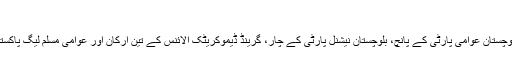
[4]
مزید برآں پاکستان مسلم لیگ (ق)، متحدہ قومی موومنٹ پاکستان کے سات، بلوچستان عوامی پارٹی کے پانچ، بلوچستان نیشنل پارٹی کے چار، گرینڈ ڈیموکریٹک الائنس کے تین ارکان اور عوامی مسلم لیگ پاکستان اور جمہوری وطن پارٹی کے ایک ایک رکن کی حمایت بھی حاصل ہوئی۔